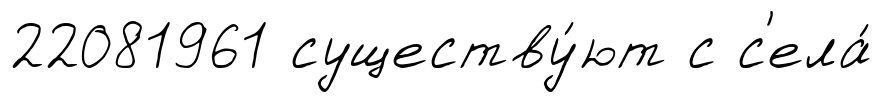
22081961 существу́ют с с'ела́